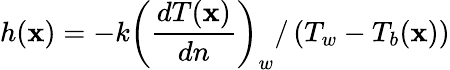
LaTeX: h(\mathbf{x})=-k\left(\frac{{dT(\mathbf{x})}}{{dn}}\right)_{w}/\left(T_{w}-T_{b}(\mathbf{x})\right)